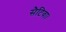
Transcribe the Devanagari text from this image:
सैटिवा।